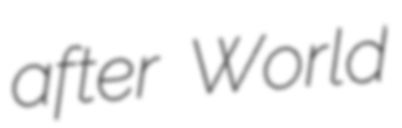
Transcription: after World